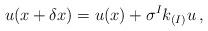
LaTeX: \begin{align*}u(x+\delta x)= u(x) + \sigma^{I} k_{(I)}u\, ,\end{align*}